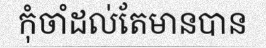
កុំចាំដល់តែមានបាន